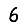
Digit: 6